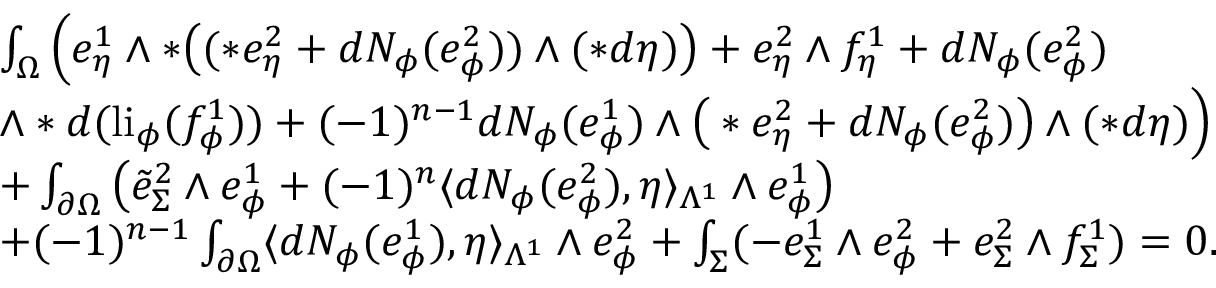
\begin{array} { r l } & { \int _ { \Omega } \Big ( e _ { \eta } ^ { 1 } \wedge \ast \big ( ( \ast e _ { \eta } ^ { 2 } + d N _ { \phi } ( e _ { \phi } ^ { 2 } ) ) \wedge ( \ast d \eta ) \big ) + e _ { \eta } ^ { 2 } \wedge f _ { \eta } ^ { 1 } + d N _ { \phi } ( e _ { \phi } ^ { 2 } ) } \\ & { \wedge \ast d ( \mathrm { l i } _ { \phi } ( f _ { \phi } ^ { 1 } ) ) + ( - 1 ) ^ { n - 1 } d N _ { \phi } ( e _ { \phi } ^ { 1 } ) \wedge \big ( \ast e _ { \eta } ^ { 2 } + d N _ { \phi } ( e _ { \phi } ^ { 2 } ) \big ) \wedge ( \ast d \eta ) \Big ) } \\ & { + \int _ { \partial \Omega } \big ( \tilde { e } _ { \Sigma } ^ { 2 } \wedge e _ { \phi } ^ { 1 } + ( - 1 ) ^ { n } \langle d N _ { \phi } ( e _ { \phi } ^ { 2 } ) , \eta \rangle _ { \Lambda ^ { 1 } } \wedge e _ { \phi } ^ { 1 } \big ) } \\ & { + ( - 1 ) ^ { n - 1 } \int _ { \partial \Omega } \langle d N _ { \phi } ( e _ { \phi } ^ { 1 } ) , \eta \rangle _ { \Lambda ^ { 1 } } \wedge e _ { \phi } ^ { 2 } + \int _ { \Sigma } ( - e _ { \Sigma } ^ { 1 } \wedge e _ { \phi } ^ { 2 } + e _ { \Sigma } ^ { 2 } \wedge f _ { \Sigma } ^ { 1 } ) = 0 . } \end{array}